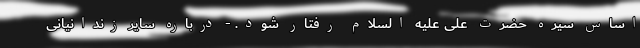
اساس سیره حضرت علی علیه السلام رفتار شود. - درباره سایر زندانیانی